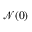
{ \mathcal { N } } ( 0 )